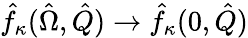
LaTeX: \hat{f}_{\kappa}(\hat{\Omega},\hat{Q})\rightarrow\hat{f}_{\kappa}(0,\hat{Q})